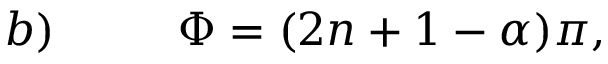
b ) \, \, \, \, \, \, \, \, \, \, \, \, \, \, \, \, \Phi = ( 2 n + 1 - \alpha ) \pi ,